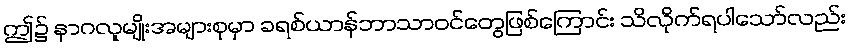
ဤ၌ နာဂလူမျိုးအများစုမှာ ခရစ်ယာန်ဘာသာဝင်တွေဖြစ်ကြောင်း သိလိုက်ရပါသော်လည်း